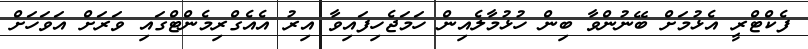
ފެކްޓްރީ އެޅުމަށް ބޭނުންވާ ބިން ހުޅުމާލެއިން ހަމަޖެހިފައިވާ އިރު އެއެގްރިމެންޓްގައި ވަރަށް އަވަހަށް